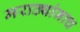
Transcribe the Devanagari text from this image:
मराठ्यांनाच